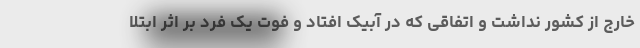
خارج از کشور نداشت و اتفاقی که در آبیک افتاد و فوت یک فرد بر اثر ابتلا